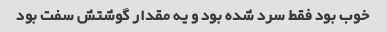
خوب بود فقط سرد شده بود و یه مقدار گوشتش سفت بود